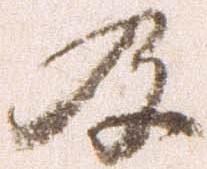
及